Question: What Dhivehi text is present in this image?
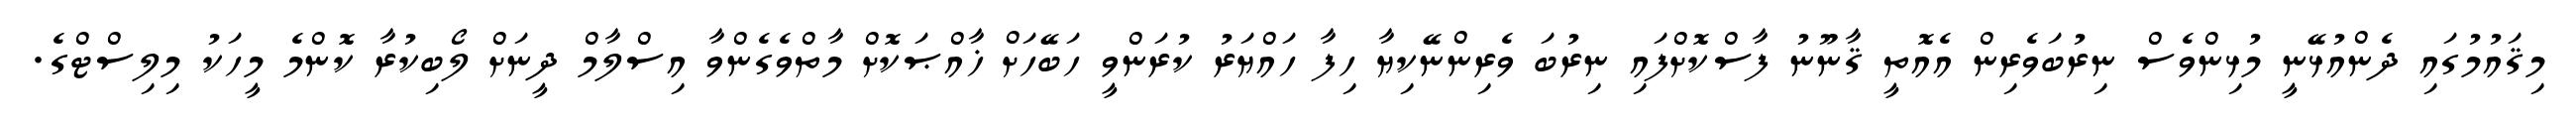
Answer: މިޤައުމުގައި ދެންއުޅޭނީ މުޅިންވެސް ނިރުބަވެރިން އެއޮތީ ޤާނޫނު ފާސްކޮށްފައި ނިރުބަ ވެރިންނޭކިޔާ ހިފާ ހައްޔަރު ކުރަންވީ ހަބޭހަށް ޚާއްޞަކޮށް މާތްވެގެންވާ އިސްލާމް ދީނަށް ލޯބިކުރާ ކޮންމެ މީހަކު މިލިސްޓްގެ.